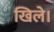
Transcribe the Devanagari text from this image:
खिले।